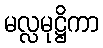
မလ္လမုဋ္ဌိကာ